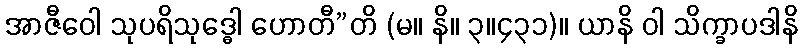
အာဇီဝေါ သုပရိသုဒ္ဓေါ ဟောတီ”တိ (မ။ နိ။ ၃။၄၃၁)။ ယာနိ ဝါ သိက္ခာပဒါနိ